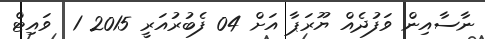
ނާސާއިން ވަފުދެއް ޔޫރަޕާ އަށް 04 ފެބުރުއަރީ 2015 1  ވައިޓް